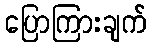
ပြောကြားချက်